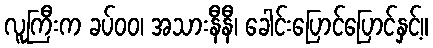
လူကြီးက ခပ်ဝဝ၊ အသားနီနီ၊ ခေါင်းပြောင်ပြောင်နှင့်။